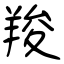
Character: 羧